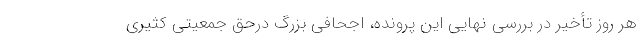
هر روز تأخیر در بررسی نهایی این پرونده، اجحافی بزرگ درحق جمعیتی کثیری